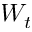
W _ { t }